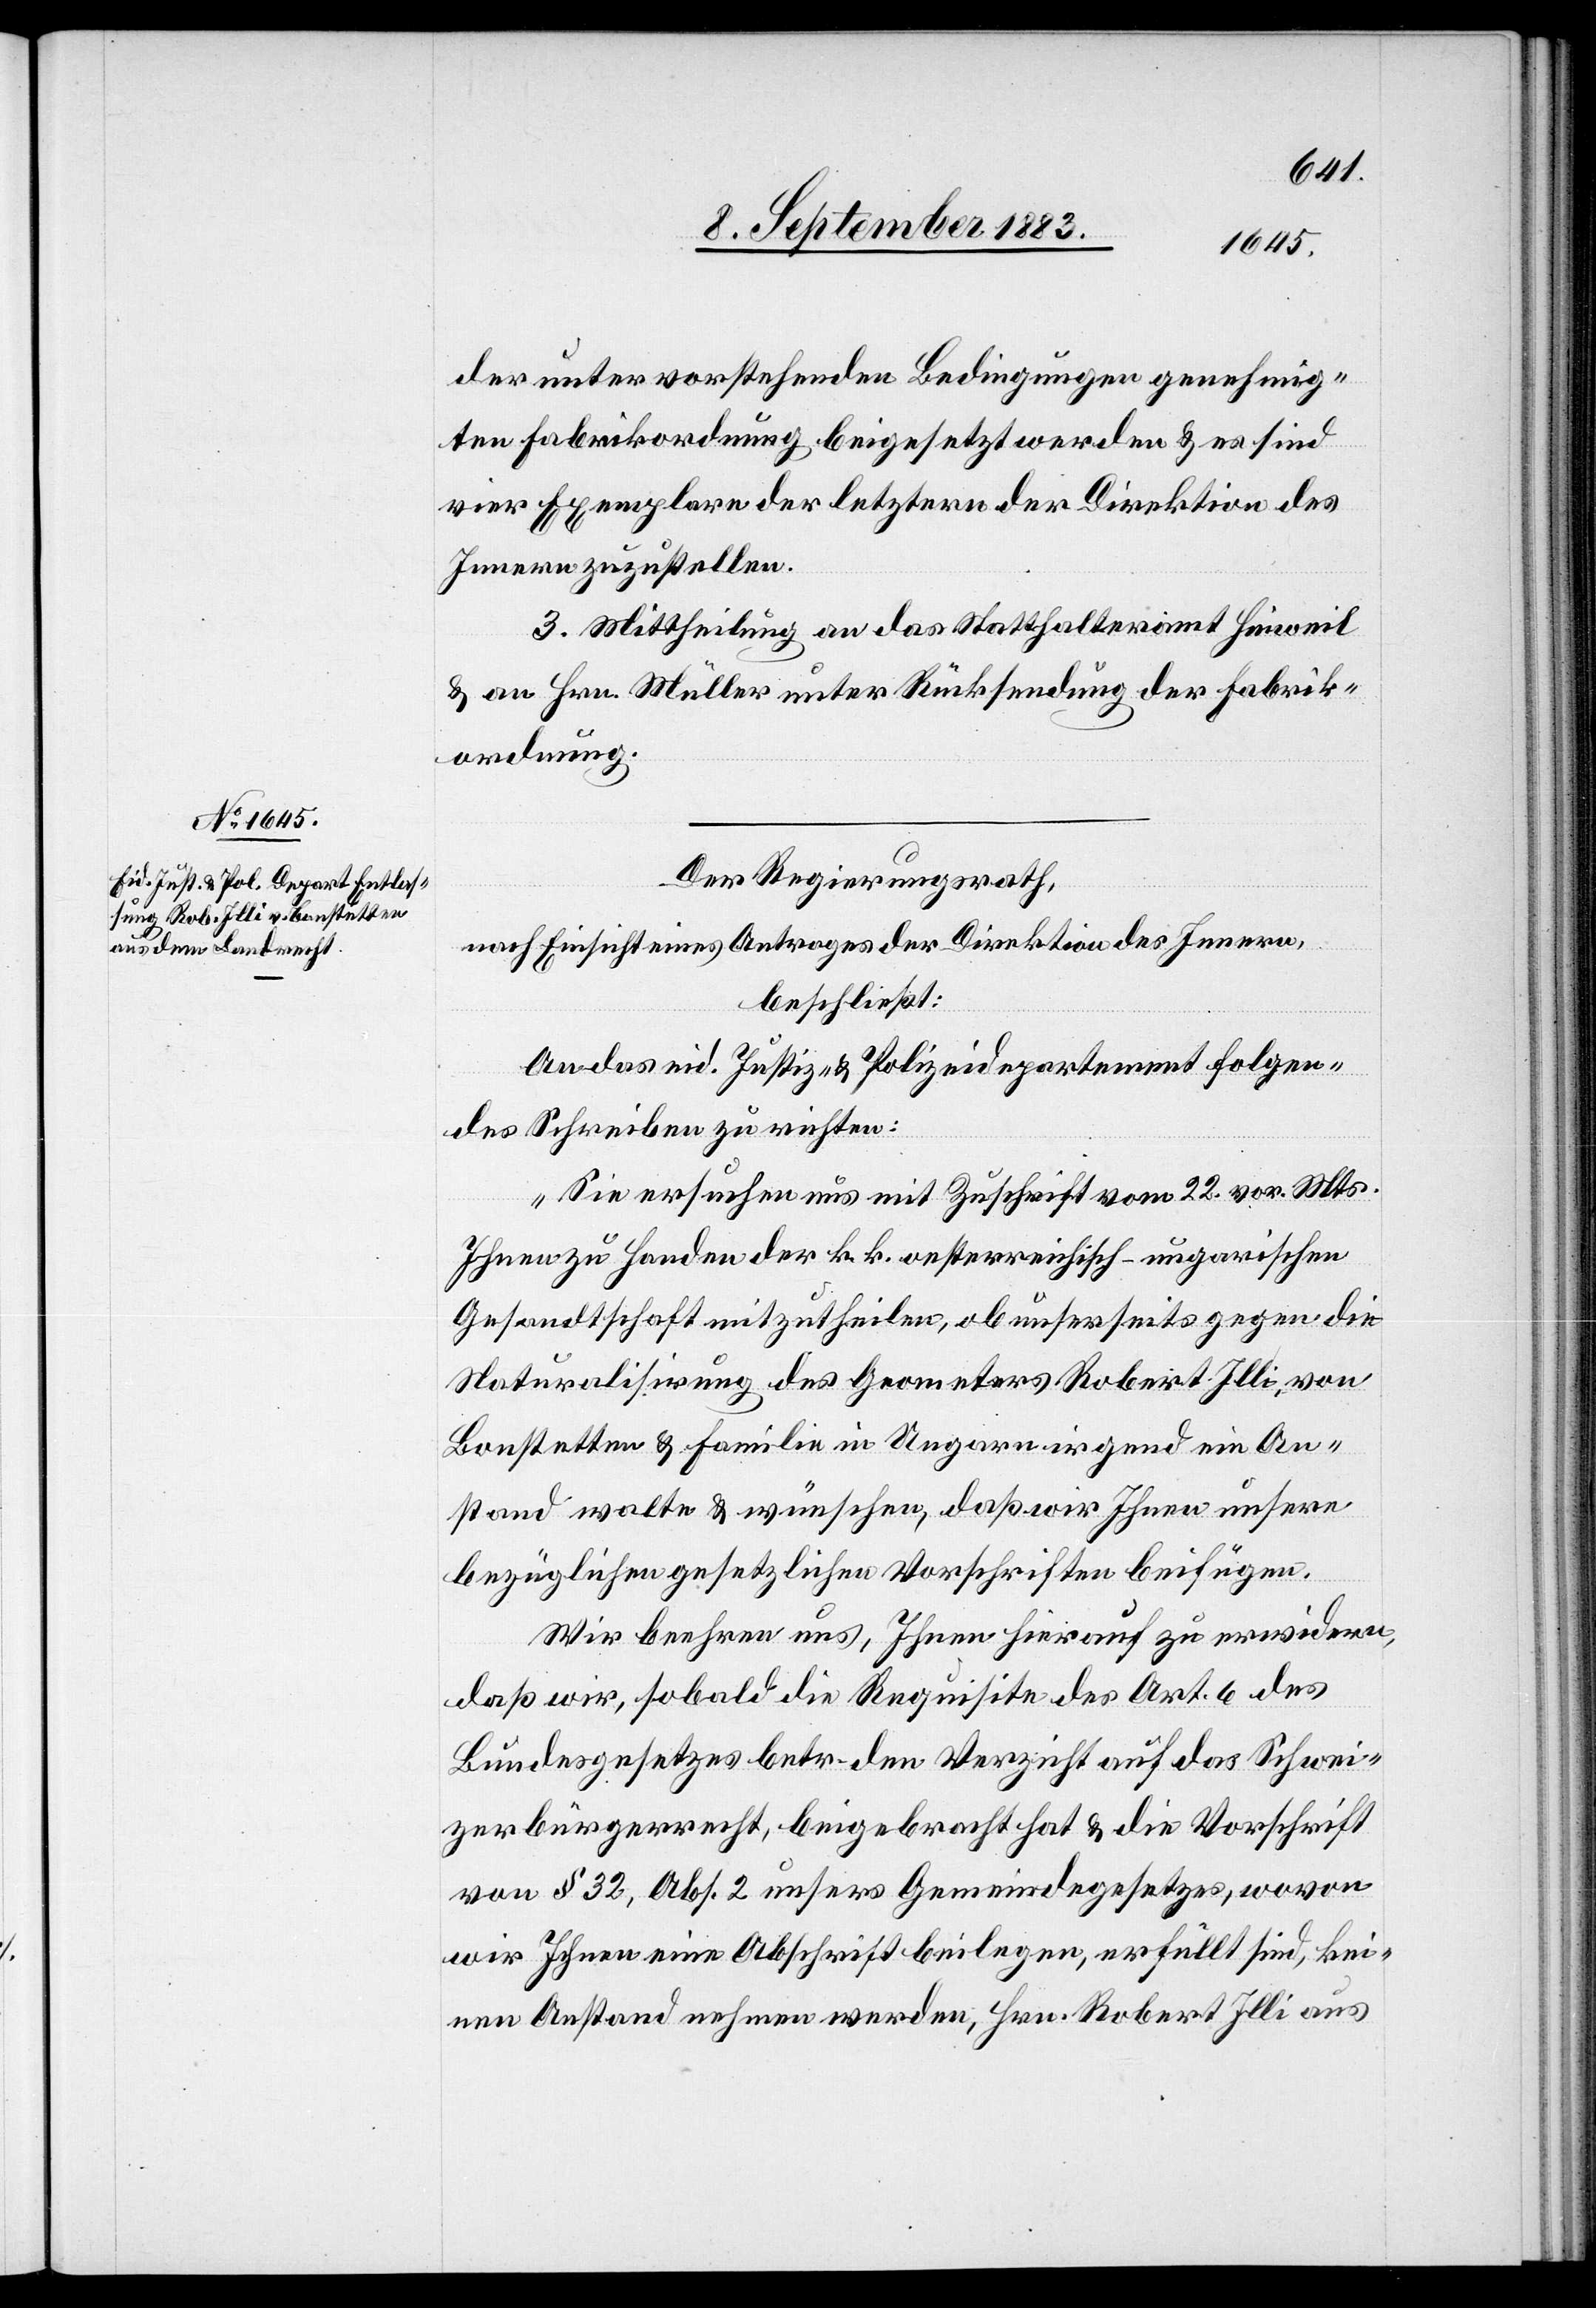
der unter vorstehenden Bedingungen genehmig¬
ten Fabrikordnung beigesetzt werden & es sind
vier Exemplare der letztern der Direktion des
Innern zuzustellen.
3. Mittheilung an das Statthalteramt Hinweil
& an Hrn. Müller unter Rücksendung der Fabrik¬
ordnung.
Der Regierungsrath,
nach Einsicht eines Antrages der Direktion des Innern,
beschließt:
An das eid. Justiz- & Polizeidepartement folgen¬
des Schreiben zu richten:
„Sie ersuchen uns mit Zuschrift vom 22. vor. Mts.
Ihnen zu handen der k. k. oesterreichisch-ungarischen
Gesandtschaft mitzutheilen, ob unserseits gegen die
Naturalisirung des Geometers Robert Illi, von
Bonstetten & Familie in Ungarn irgend ein An¬
stand walte & wünsche, daß wir Ihnen unsere
bezüglichen gesetzlichen Vorschriften beifügen.
Wir beehren uns, Ihnen hierauf zu erwidern,
daß wir, sobald die Requisite des Art. 6 des
Bundesgesetzes betr. den Verzicht auf das Schwei¬
zerbürgerrecht, beigebracht hat & die Vorschrift
von § 32, Abs. 2 unsers Gemeindegesetzes, wovon
wir Ihnen eine Abschrift beilegen, erfüllt sind, kei¬
nen Anstand nehmen werden, Hrn. Robert Illi aus